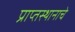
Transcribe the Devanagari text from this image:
प्राप्तस्थानाचे